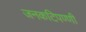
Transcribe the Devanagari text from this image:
जनकटिपण्णी